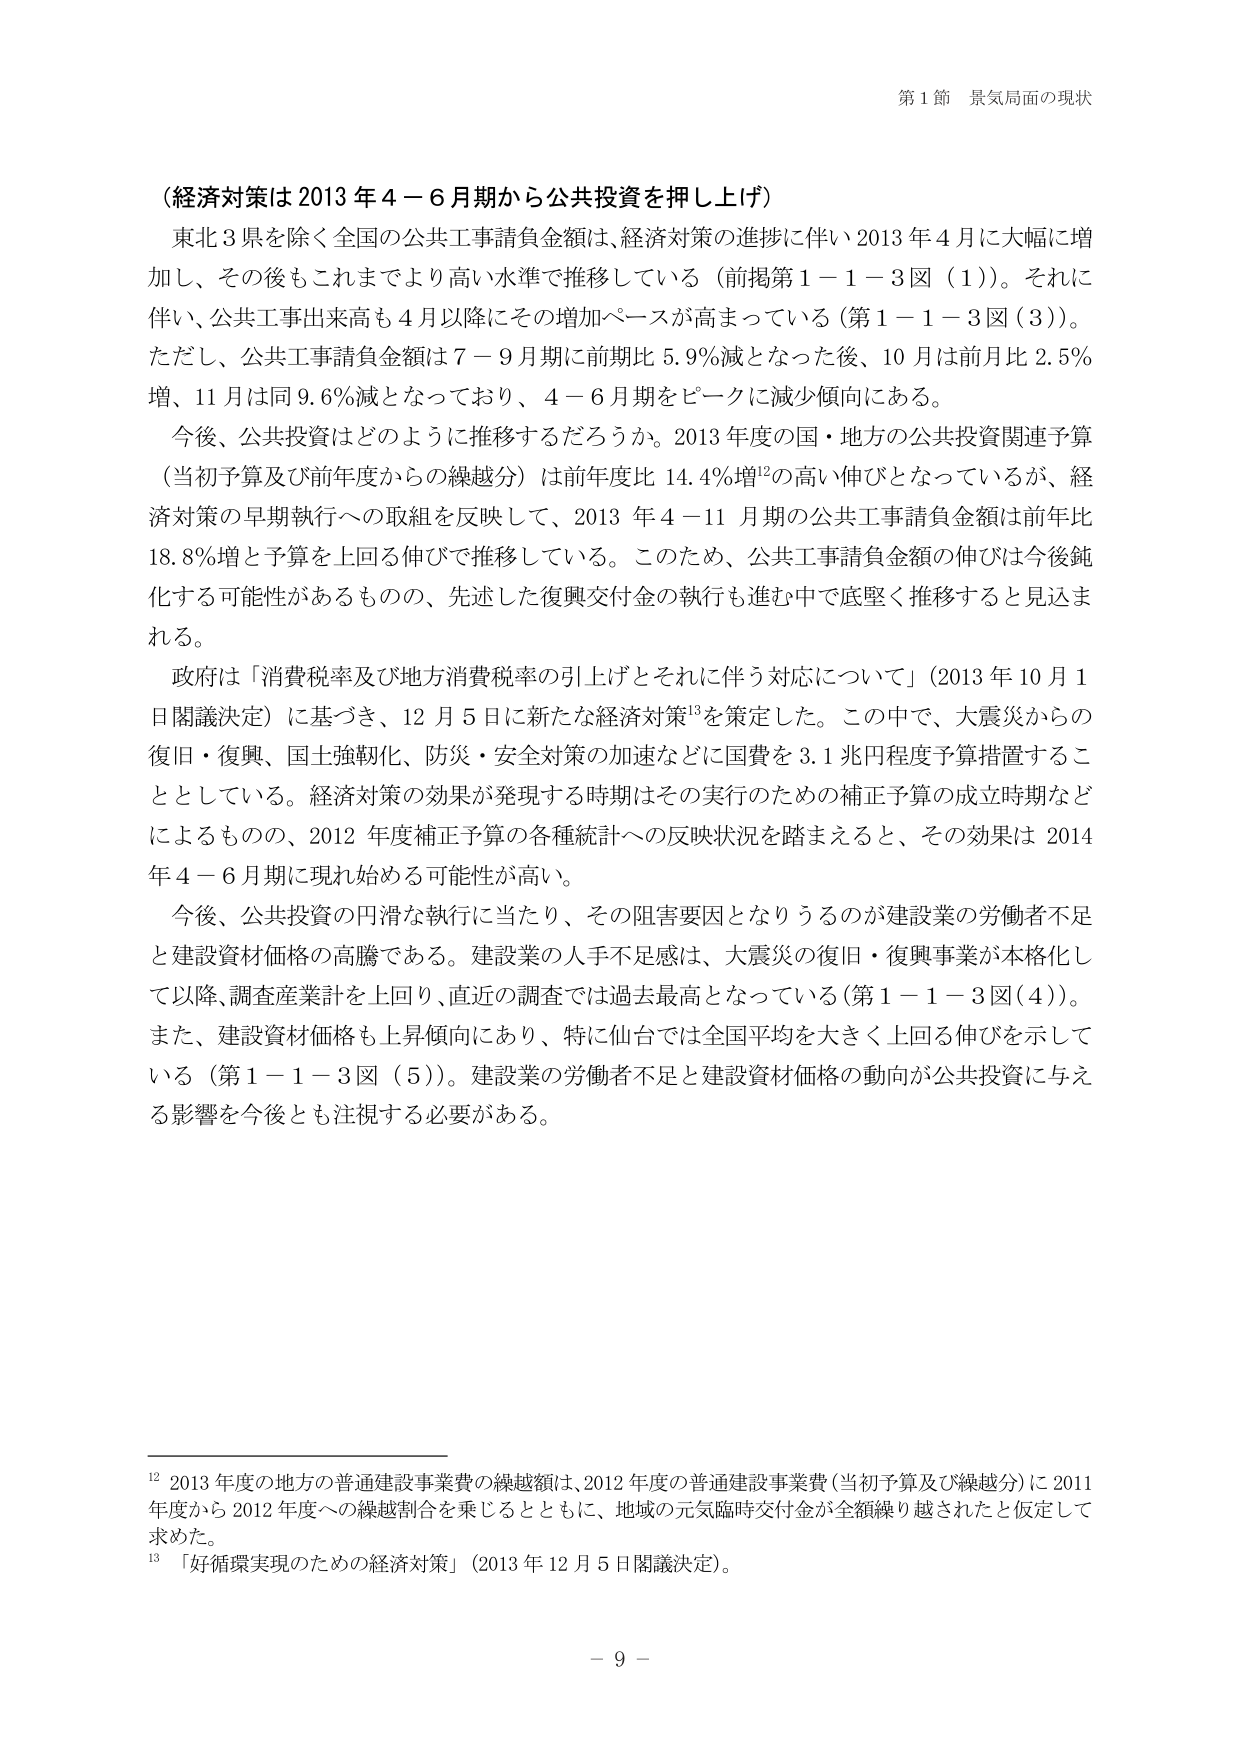
第１節 景気局面の現状

（経済対策は 2013 年 4－6 月期から公共投資を押し上げ）

東北 3 県を除く全国の公共工事請負金額は、経済対策の進捗に伴い 2013 年 4 月に大幅に増加し、その後もこれまでより高い水準で推移している（前掲第 1－1－3 図（1））。それに伴い、公共工事出来高も 4 月以降にその増加ペースが高まっている（第 1－1－3 図（3））。ただし、公共工事請負金額は 7－9 月期に前期比 5.9％減となった後、10 月は前月比 2.5％増、11 月は同 9.6％減となっており、4－6 月期をピークに減少傾向にある。

今後、公共投資はどのように推移するだろうか。2013 年度の国・地方の公共投資関連予算（当初予算及び前年度からの繰越分）は前年度比 14.4％増¹²の高い伸びとなっているが、経済対策の早期執行への取組を反映して、2013 年 4－11 月期の公共工事請負金額は前年比 18.8％増と予算を上回る伸びで推移している。このため、公共工事請負金額の伸びは今後鈍化する可能性があるものの、先述した復興交付金の執行も進む中で底堅く推移すると見込まれる。

政府は「消費税率及び地方消費税率の引上げとそれに伴う対応について」（2013 年 10 月 1 日閣議決定）に基づき、12 月 5 日に新たな経済対策¹³を策定した。この中で、大震災からの復旧・復興、国土強靭化、防災・安全対策の加速などに国費を 3.1 兆円程度予算措置することとしている。経済対策の効果が発現する時期はその実行のための補正予算の成立時期などによるものの、2012 年度補正予算の各種統計への反映状況を踏まえると、その効果は 2014 年 4－6 月期に現れ始める可能性が高い。

今後、公共投資の円滑な執行に当たり、その阻害要因となりうるのが建設業の労働者不足と建設資材価格の高騰である。建設業の人手不足感は、大震災の復旧・復興事業が本格化して以降、調査産業計を上回り、直近の調査では過去最高となっている（第 1－1－3 図（4））。また、建設資材価格も上昇傾向にあり、特に仙台では全国平均を大きく上回る伸びを示している（第 1－1－3 図（5））。建設業の労働者不足と建設資材価格の動向が公共投資に与える影響を今後とも注視する必要がある。

¹² 2013 年度の地方の普通建設事業費の繰越額は、2012 年度の普通建設事業費（当初予算及び繰越分）に 2011 年度から 2012 年度への繰越割合を乗じるとともに、地域の元気臨時交付金が全額繰り越されたと仮定して求めた。

¹³ 「好循環実現のための経済対策」（2013 年 12 月 5 日閣議決定）。

－ 9 －